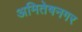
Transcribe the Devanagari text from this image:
अमितेषनगर